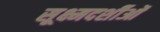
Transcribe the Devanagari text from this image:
सूक्ष्मदर्शीओं